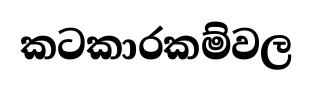
කටකාරකම්වල